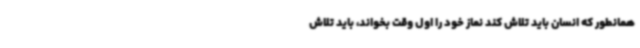
همانطور که انسان باید تلاش کند نماز خود را اول وقت بخواند، باید تلاش